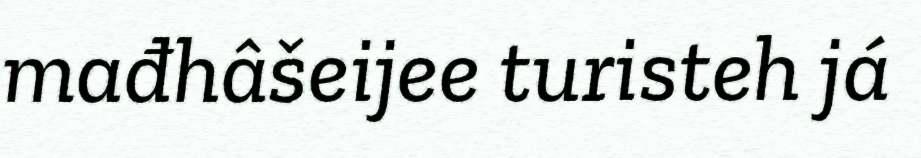
mađhâšeijee turisteh já